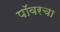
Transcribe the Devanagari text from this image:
पॉवरचा